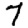
Digit: 7